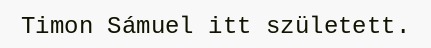
Timon Sámuel itt született.